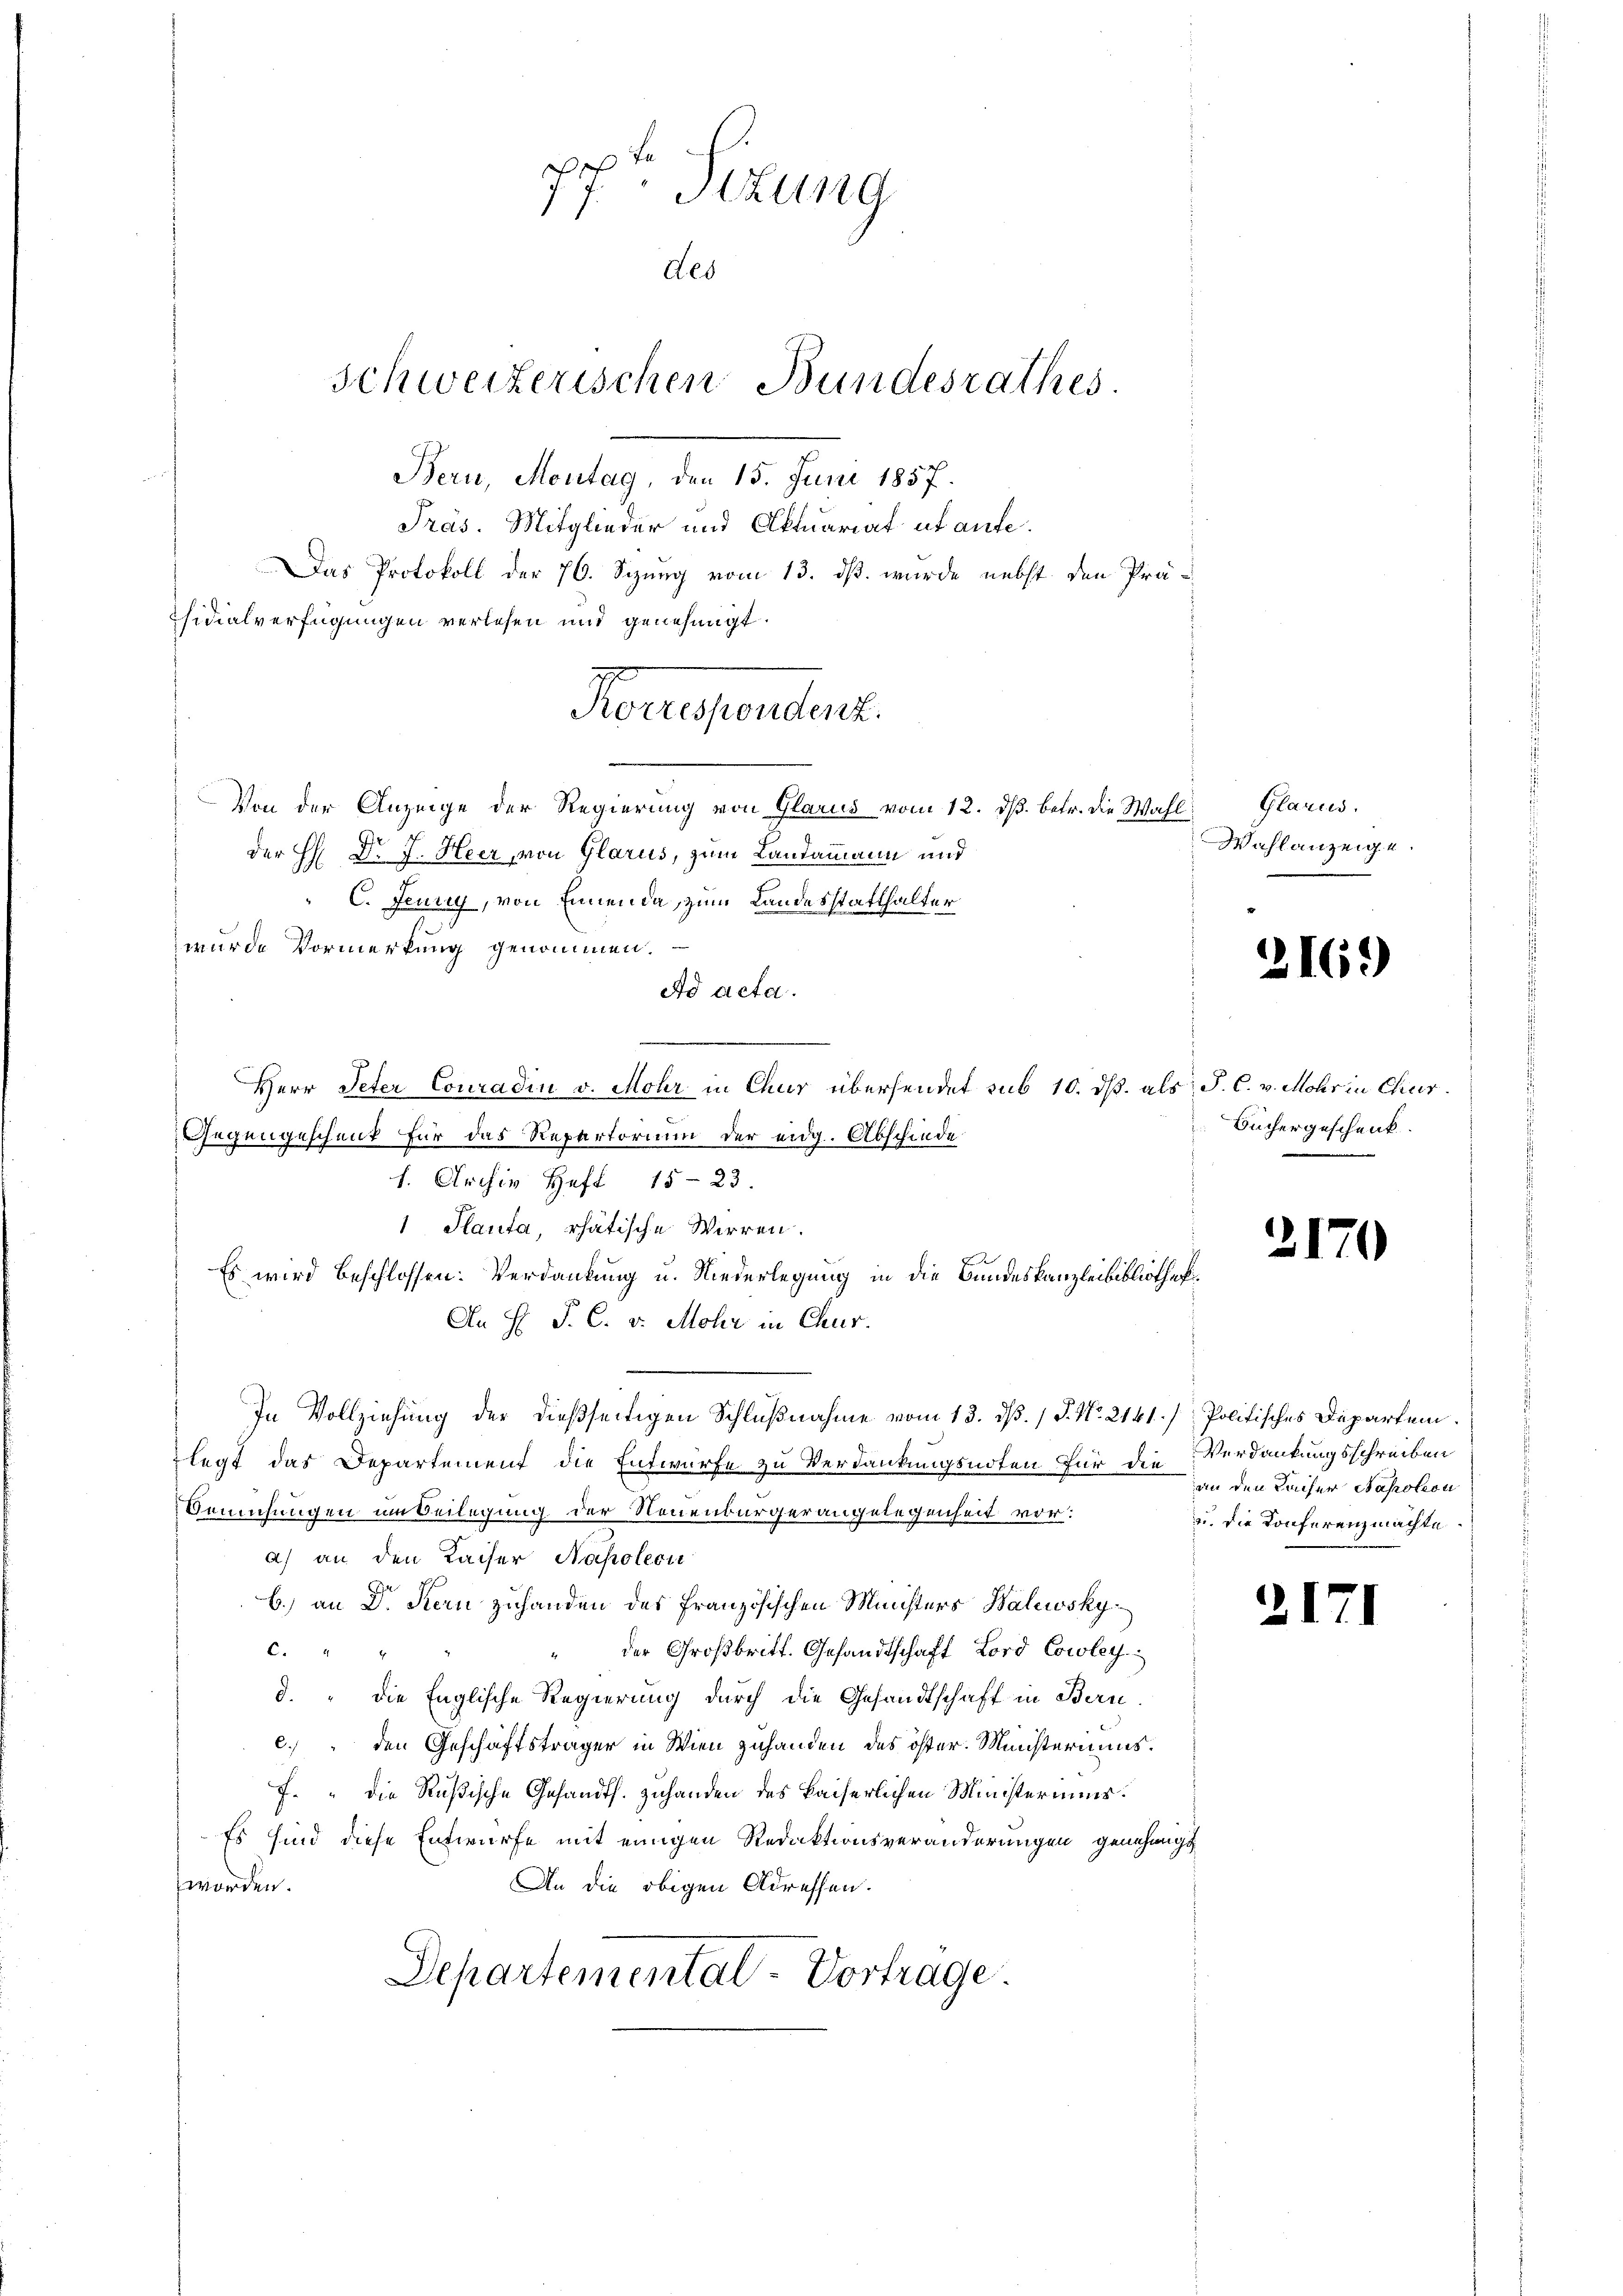
Von der Anzeige der Regierung von Glarus vom 12. ds. betr. die Wahl
der H. Dr. J. Heer, von Glarus, zum Landammann und
C. Jenny, von Ennende, zum Landesstatthalter
wurde Vormerkung genommen.
Ad acta.
Herr Peter Conradin v. Mohr in Chur übersendet sub 10. ds. als P. C. v. Mohr in Chur
Gegengeschenk für das Repartorium der eidg. Abschiede
h. Archiv Heft 15-23.
1 Planta, rätische Wirren.
Es wird beschlossen: Verdankung u. Niederlegung in die Bundeskanzleibibliothek¬
An H. P. C. v. Mohr in Chur.
In Vollziehung der dießseitigen Schlußnahme vom 13. dß. / P. No. 2141. / Politisches Departem
legt das Departement die Entwurfe zu Verdankungsnoten für die Verdankungsschreiben
Bemühungen im Beilegung der Neuenbürgerangelegenheit vor:
a) an den Kaiser Napoleon
b.) an Dr. Kern zuhanden des Französischen Ministers Balwskyder Großbritt. Gesandtschaft Lord Cowley
4
d. " die Englische Regierung durch die Gesandtschaft in Bern.
c. den Geschäftsträger in Wien zuhanden des öster. Ministeriums.
F. " die Rußische Gesandts. zuhanden des kaiserlichen Ministeriums.
Es sind diese Entwurfe mit einigen Redaktionsveränderungen genehmigt
worden.
An die obigen Adressen.
Departemental-Vortrage

77 Stzung
des
Schweizerischen Bundesrathes.
Bern, Montag, den 15. Juni 1857.
Pras. Mitglieder und Aktuariat ut aufe¬
Das Protokoll der 76. Sizung vom 13. ds. wurde nebst den Präsidialverfügungen verlesen und genehmigt.

Korrespondert.

Glarus.
Wahlanzeige.

2169

Büchergeschenk

2170

an den Kaiser Napoleon
u. die Konferenzmachte

1